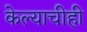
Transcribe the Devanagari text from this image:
केल्याचीही